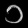
Digit: ၁